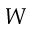
W